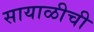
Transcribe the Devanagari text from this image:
सायाळीची